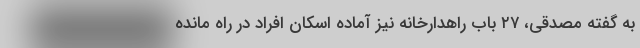
به گفته مصدقی، ۲۷ باب راهدارخانه نیز آماده اسکان افراد در راه مانده